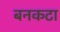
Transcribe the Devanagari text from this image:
बनकटा